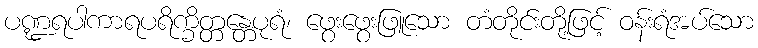
ပဏ္ဍရပါကာရပရိက္ခိတ္တန္တေပုရံ၊ ဖွေးဖွေးဖြူသော တံတိုင်းတို့ဖြင့် ဝန်းရံအပ်သော